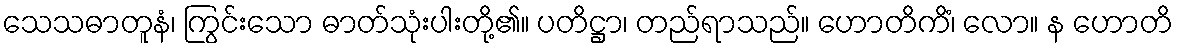
သေသဓာတူနံ၊ ကြွင်းသော ဓာတ်သုံးပါးတို့၏။ ပတိဋ္ဌာ၊ တည်ရာသည်။ ဟောတိကိံ၊ လော။ န ဟောတိ